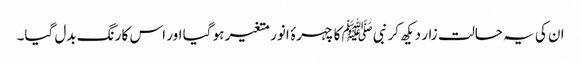
ان کی یہ حالت زار دیکھ کر نبیﷺ کا چہرۂ انور متغیر ہو گیا اور اس کا رنگ بدل گیا۔